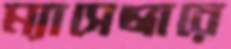
ম্যাসেঞ্জারে